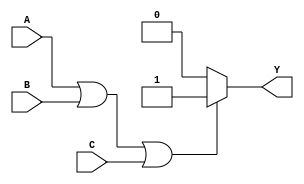
module OR_gate(
    input A,
    input B,
    input C,
    output reg Y
);

always @* begin
    if (A || B || C) begin
        Y = 1;
    end else begin
        Y = 0;
    end
end

endmodule